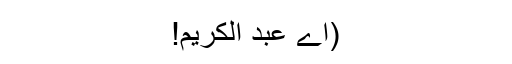
(اے عبد الكريم!